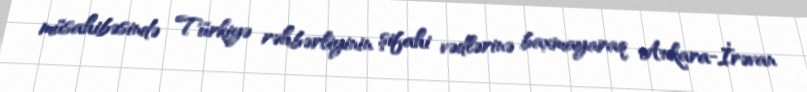
müsahibəsində Türkiyə rəhbərliyinin şifahi vədlərinə baxmayaraq Ankara-İrəvan